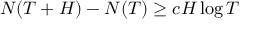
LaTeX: N ( T + H ) - N ( T ) \geq c H \log T